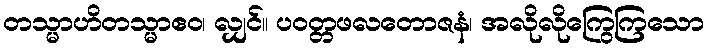
တသ္မာဟိတသ္မာဧဝ၊ လျှင်။ ပဝတ္တဖလတောဇနံ၊ အလိုလိုကြွေကြသော